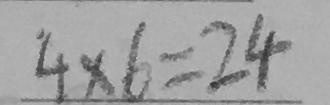
4 \times 6 = 2 4